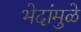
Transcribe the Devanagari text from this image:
भेदांमुळे